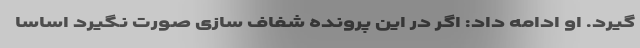
گیرد. او ادامه داد: اگر در این پرونده شفاف سازی صورت نگیرد اساسا